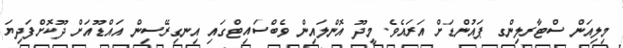
މިލިއަން ސްޓާރލިންގ ޕައުންޑަށް އަރައެވެ. މީދޫ އޮންލައިން ވެބްސައިޓްގައި އިނގިރޭސިން އައްޑޫއަށް ދޫކޮށްފަދިޔަ